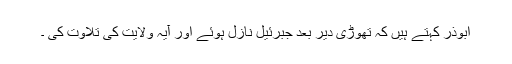
ابوذر کہتے ہیں کہ تھوڑی دیر بعد جبرئیل نازل ہوئے اور آیۂ ولایت کی تلاوت کی ۔